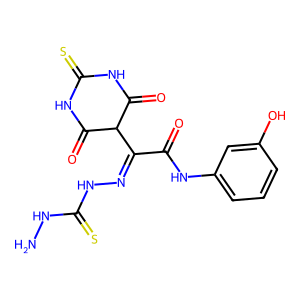
SMILES: NNC(=S)NN=C(C(=O)Nc1cccc(O)c1)C1C(=O)NC(=S)NC1=O
Inhibits HIV replication: No